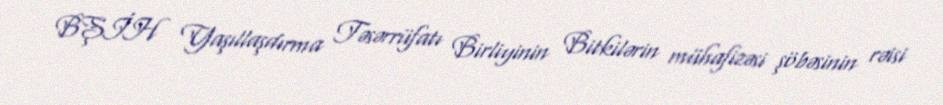
BŞİH Yaşıllaşdırma Təsərrüfatı Birliyinin Bitkilərin mühafizəsi şöbəsinin rəisi